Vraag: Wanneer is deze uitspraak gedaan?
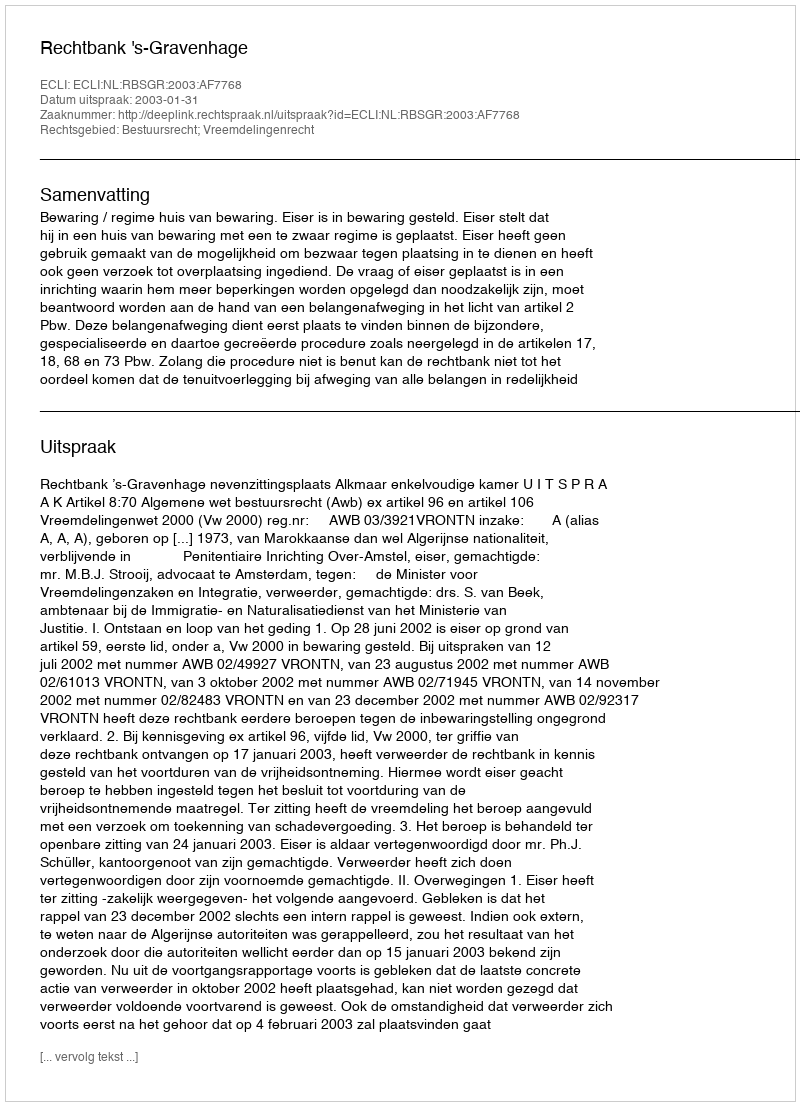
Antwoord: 2003-01-31